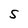
Character: S